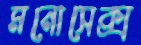
মনোসেক্স